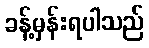
ခန့်မှန်းရပါသည်